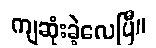
ကျဆုံးခဲ့လေပြီ။